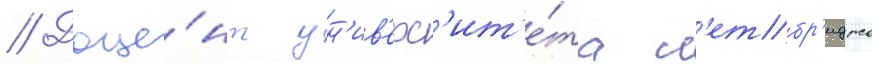
// Доце́нт ун'ив'ерс'ит'е́та л'етбр'иджа